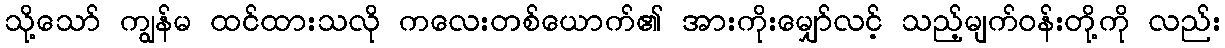
သို့သော် ကျွန်မ ထင်ထားသလို ကလေးတစ်ယောက်၏ အားကိုးမျှော်လင့် သည့်မျက်ဝန်းတို့ကို လည်း